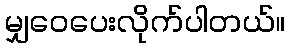
မျှ၀ေပေးလိုက်ပါတယ်။